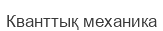
Кванттық механика